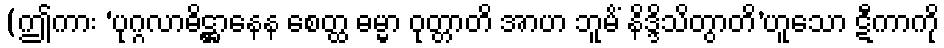
(ဤကား ‘ပုဂ္ဂလာဓိဋ္ဌာနေန စေတ္ထ ဓမ္မာ ဝုတ္တာတိ အာဟ ဘူမိံ နိဒ္ဒိသိတွာတိ’ဟူသော ဋီကာကို